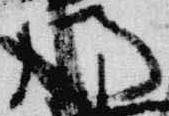
門